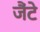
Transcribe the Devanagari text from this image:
जैंटे